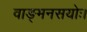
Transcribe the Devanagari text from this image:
वाङ्मनसयोः।